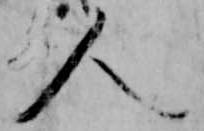
人